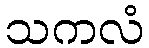
သကလံ